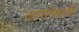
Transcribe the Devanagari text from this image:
तड़पानेवाली